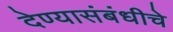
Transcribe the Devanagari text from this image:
देण्यासंबंधीचे